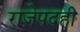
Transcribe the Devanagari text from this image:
राजेपदही